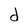
Character: d